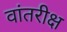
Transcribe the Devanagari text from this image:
वांतरीक्ष